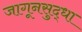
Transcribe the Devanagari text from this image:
जागूनसुद्धा